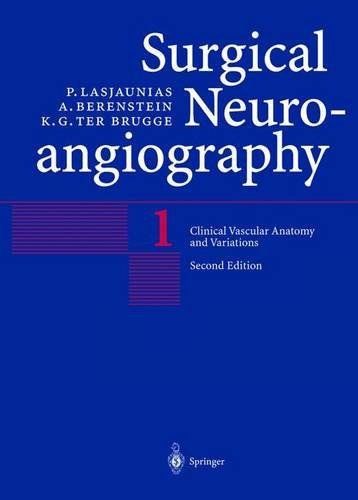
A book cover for Clinical Vascular Anatomy and Variations (Surgical Neuroangiography); P. Lasjaunias; Health, Fitness & Dieting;